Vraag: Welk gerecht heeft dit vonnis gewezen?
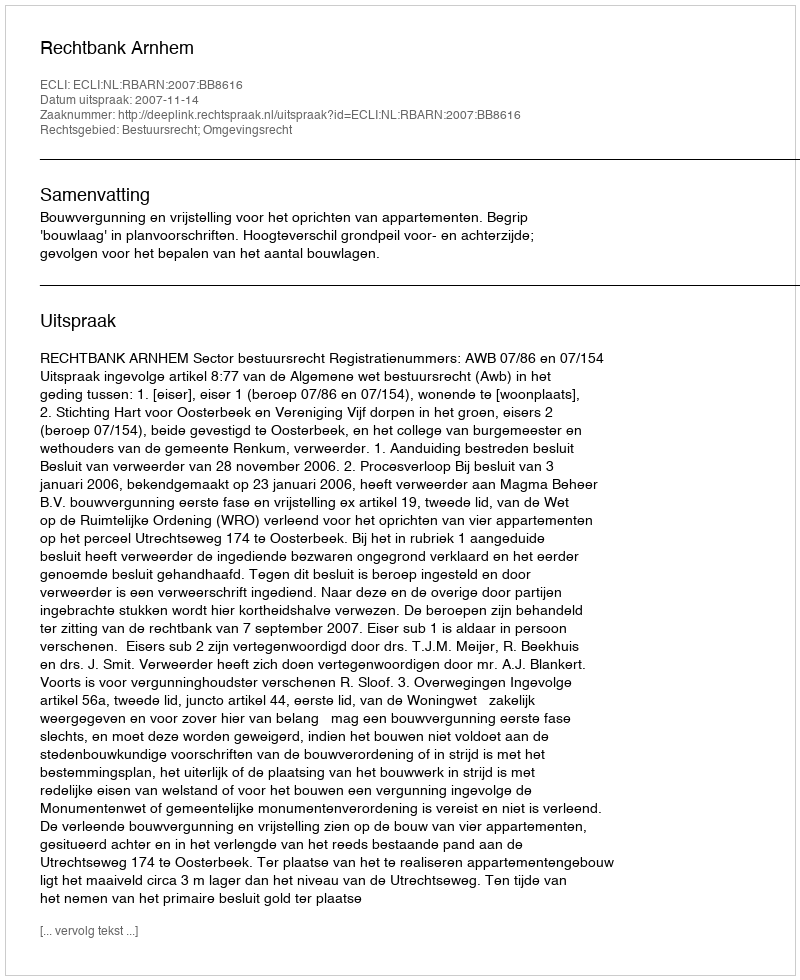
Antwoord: Rechtbank Arnhem